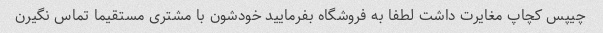
چیپس کچاپ مغایرت داشت لطفا به فروشگاه بفرمایید خودشون با مشتری مستقیما تماس نگیرن